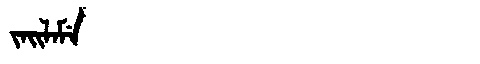
Manchu: ᠵᠠᡳᠯᠠᠮᡝ
Romanization: JAILAME